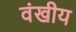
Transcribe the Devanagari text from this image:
वंखीय